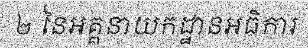
២ នៃអគ្គនាយកដ្ឋានអធិការ